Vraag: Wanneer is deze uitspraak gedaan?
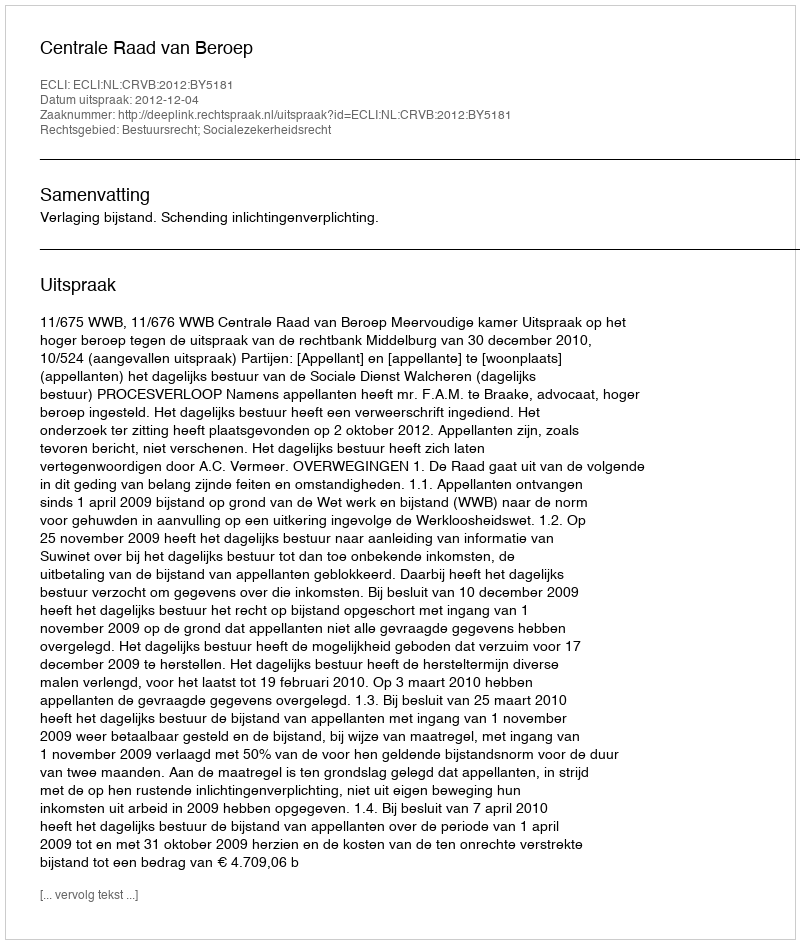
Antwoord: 2012-12-04